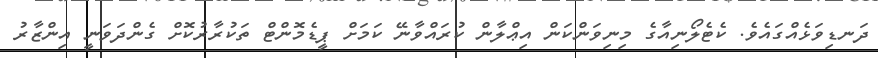
ދަނޑިވަޅެއްގައެވެ. ކެޓެލޯނިއާގެ މިނިވަންކަން އިޢްލާން ކުރައްވާނޭ ކަމަށް ޕީޑެމޮންޓް ތަކުރާރުކޮށް ގެންދަވަނީ އިންޒާރު